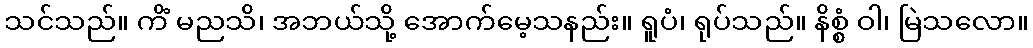
သင်သည်။ ကိံ မညသိ၊ အဘယ်သို့ အောက်မေ့သနည်း။ ရူပံ၊ ရုပ်သည်။ နိစ္စံ ဝါ၊ မြဲသလော။